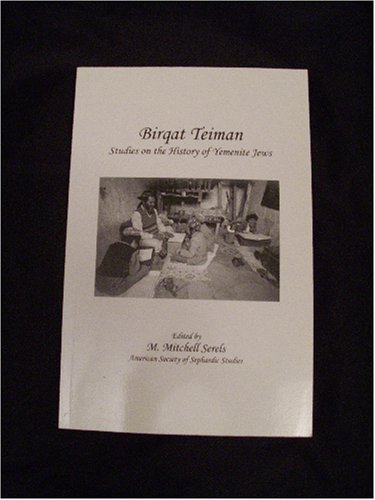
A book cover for Birqat Teiman: Studies on the History of Yemenite Jews; History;